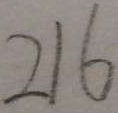
2 1 6